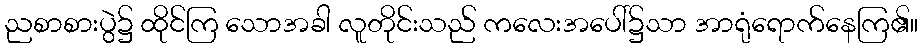
ညစာစားပွဲ၌ ထိုင်ကြ သောအခါ လူတိုင်းသည် ကလေးအပေါ်၌သာ အာရုံရောက်နေကြ၏။